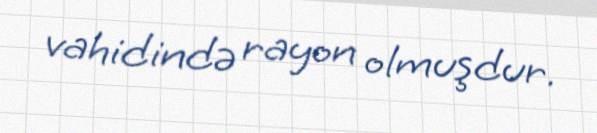
vahidində rayon olmuşdur.